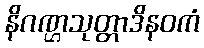
နိဂဏ္ဌသုတ္တာဒိနဝကံ